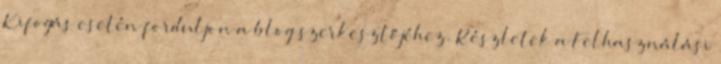
Kifogás esetén forduljon a blog szerkesztőjéhez. Részletek a Felhasználási